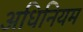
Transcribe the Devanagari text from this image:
अधिनियम